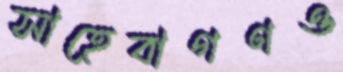
সাহেবাগণও